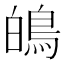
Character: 䳆